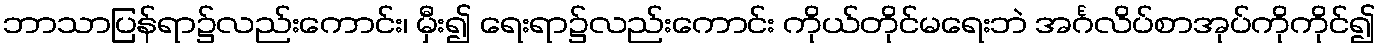
ဘာသာပြန်ရာ၌လည်းကောင်း၊ မှီး၍ ရေးရာ၌လည်းကောင်း ကိုယ်တိုင်မရေးဘဲ အင်္ဂလိပ်စာအုပ်ကိုကိုင်၍